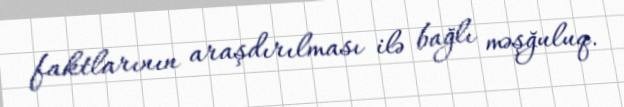
faktlarının araşdırılması ilə bağlı məşğuluq.